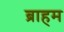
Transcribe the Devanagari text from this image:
ब्राहम